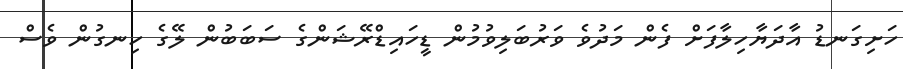
ހަށިގަނޑު އާދަޔާހިލާފަށް ފެން މަދުވެ ވަރުބަލިވުމުން ޑީހައިޑްރޭޝަންގެ ސަބަބުން ލޭގެ ހިނގުން ވެސް